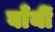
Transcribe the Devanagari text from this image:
बाँयीं